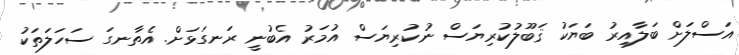
އަސްލަށް ބަލާއިރު ބަޔަކު ޤަބޫލުކުރިޔަސް ނުކުރިޔަސް އުމަރު އެބުނީ ރަނގަޅަށް. އެތާނގަ ސަހަލަތަކު